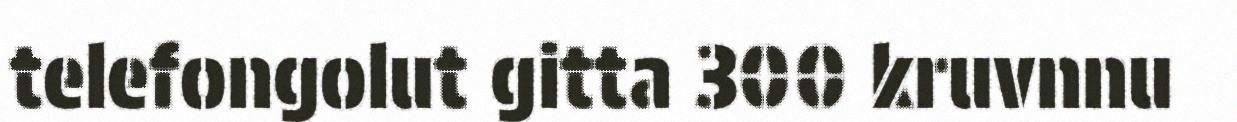
telefongolut gitta 300 kruvnnu